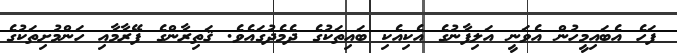
ފަހެ އެބައިމީހުން އެވަނީ އަލިފާނުގެ އެކިއެކި ބައިތަކުގެ ދެމެދުގައެވެ. ޤަތިރާންގެ ފޭރާމާއި ހަންމުށިތަކުގެ